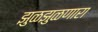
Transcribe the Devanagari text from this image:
झुळझुळणारा